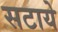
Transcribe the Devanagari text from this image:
सटाये